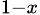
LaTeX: _{1-x}